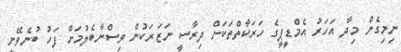
ނިމިގެން މިދާ އަހަރު އެމްޑީޕީގެ ހަރަކާތްތަކަށް ދިރާސީ ނަޒަރަކުން ވިސްނާބެލުމަށް ފަހު ބުނެވޭނީ